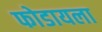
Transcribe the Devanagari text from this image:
फोडायला